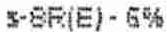
S-8R(E) - 6%